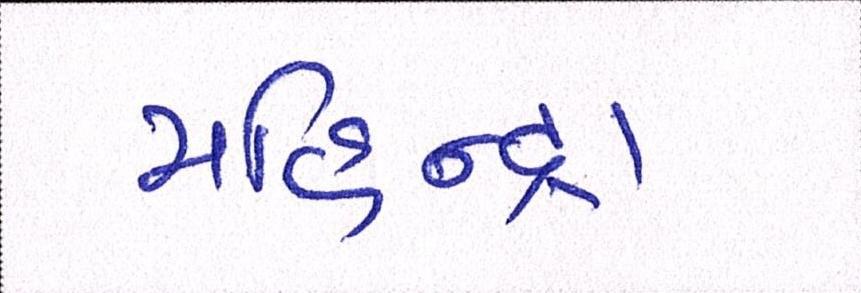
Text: મહિન્દ્રા